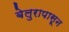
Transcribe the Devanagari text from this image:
बेलुरापासून